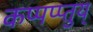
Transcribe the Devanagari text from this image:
कप्पप्प्तुय्